Report of the Indian Hemp Drugs Commission, 1894-1895 - Volume V
Year: 1894
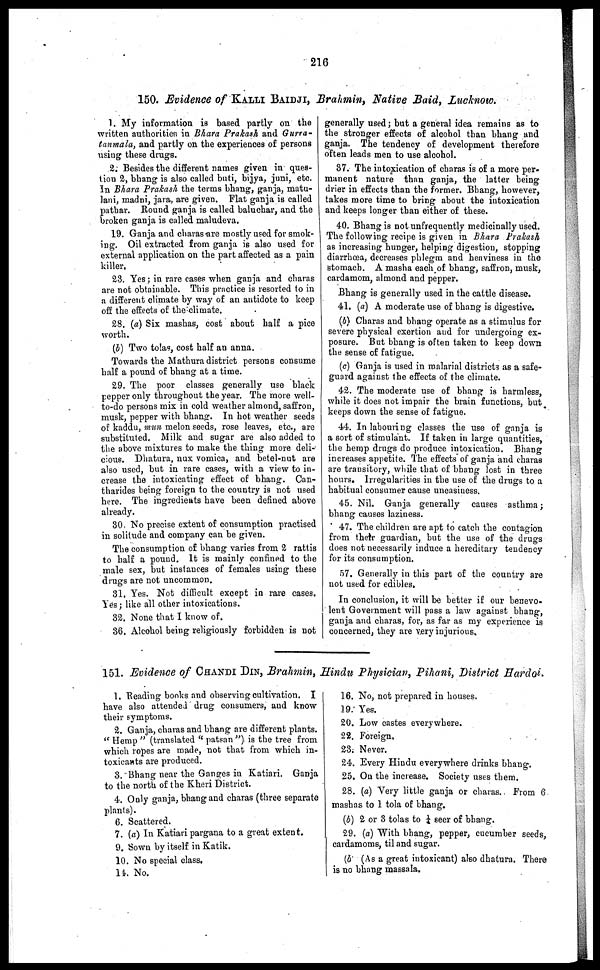
216
150. Evidence of KALLI BAIDJI, Brahmin, Native Baid, Lucknow.
1. My information is based partly on the
written authoritien in Bhara Prakash and Gurra-
tanmala, and partly on the experiences of persons
using these drugs.
2. Besides the different names given in ques-
tion 2, bhang is also called buti, bijya, juni, etc.
In Bhara Prakash the terms bhang, ganja, matu-
lani, madni, jara, are given. Flat ganja is called
pathar. Round ganja is called baluchar, and the
broken ganja is called maludeva.
19. Ganja and charas are mostly used for smok-
ing. Oil extracted from ganja is also used for
external application on the part affected as a pain
killer,
23. Yes ; in rare cases when ganja and charas
are not obtainable. This practice is resorted to in
a different climate by way of an antidote to keep
off the effects of the climate.
28. (a) Six mashas, cost about half a pice
worth.
(b) Two tolas, cost half an anna.
Towards the Mathura district persons consume
half a pound of bhang at a time.
29. The poor classes generally use black
pepper only throughout the year. The more well-
to-do persons mix in cold weather almond, saffron,
musk, pepper with bhang. In hot weather seeds
of kaddu, mun melon seeds, rose leaves, etc., are
substituted. Milk and sugar are also added to
the above mixtures to make the thing more deli-
cious. Dhatura, nux vomica, and betel-nut are
also used, but in rare cases, with a view to in-
crease the intoxicating effect of bhang. Can-
tharides being foreign to the country is not used
here. The ingredients have been defined above
already.
30. No precise extent of consumption practised
in solitude and company can be given.
The consumption of bhang varies from 2 rattis
to half a pound. It is mainly confined to the
male sex, but instances of females using these
drugs are not uncommon.
31. Yes. Not difficult except in rare cases.
Yes ; like all other intoxications.
32. None that I know of.
36. Alcohol being religiously forbidden is not
generally used ; but a general idea remains as to
the stronger effects of alcohol than bhang and
ganja. The tendency of development therefore
often leads men to use alcohol.
37. The intoxication of charas is of a more per-
manent nature than ganja, the latter being
drier in effects than the former. Bhang, however,
takes more time to bring about the intoxication
and keeps longer than either of these.
40. Bhang is not unfrequently medicinally used.
The following recipe is given in Bhara Prakash
as increasing hunger, helping digestion, stopping
diarrhoea, decreases phlegm and heaviness in the
stomach. A masha each of bhang, saffron, musk,
cardamom, almond and pepper.
Bhang is generally used in the cattle disease.
41. (a) A moderate use of bhang is digestive.
(6) Charas and bhang operate as a stimulus for
severe physical exertion and for undergoing ex-
posure. But bhang is often taken to keep down
the sense of fatigue.
(c) Ganja is used in malarial districts as a safe-
guard against the effects of the climate.
42. The moderate use of bhang is harmless,
while it does not impair the brain functions, but
keeps down the sense of fatigue.
44. In labouring classes the use of ganja is
a sort of stimulant. If taken in large quantities,
the hemp drugs do produce intoxication. Bhang
increases appetite. The effects of ganja and charas
are transitory, while that of bhang lost in three
hours. Irregularities in the use of the drugs to a
habitual consumer cause uneasiness.
45. Nil. Ganja generally causes asthma ;
bhang causes laziness.
47. The children are apt to catch the contagion
from their guardian, but the use of the drugs
does not necessarily induce a hereditary tendency
for its consumption.
57. Generally in this part of the country are
not used for edibles.
In conclusion, it will be better if our benevo-
lent Government will pass a law against bhang,
ganja and charas, for, as far as my experience is
concerned, they are very injurious.
151. Evidence of CHANDI DIN, Brahmin, Hindu Physician, Pihani, District Hardoi
1. Reading bonks and observing cultivation. I
have also attended drug consumers, and know
their symptoms.
2. Ganja, charas and bhang are different plants.
"Hemp" (translated "patsan") is the tree from
which ropes are made, not that from which in-
toxicants are produced.
3. Bhang near the Ganges in Katiari. Ganja
to the north of the Kheri District.
4. Only ganja, bhang and charas (three separate
plants).
6. Scattered.
7. (a) In Katiari pargana to a great extent.
9. Sown by itself in Katik.
10. No special class.
14. No.
16. No, not prepared in houses.
19. Yes.
20. Low castes everywhere.
22. Foreign,
23. Never.
24. Every Hindu everywhere drinks bhang.
25. On the increase. Society uses them.
28. (a) Very little ganja or charas. From 6
mashas to 1 tola of bhang.
(b) 2 or 3 tolas to ¼ seer of bhang.
29. (a) With bhang, pepper, cucumber seeds,
cardamoms, til and sugar.
(b (As a great intoxicant) also dhatura. There
is no bhang massala.